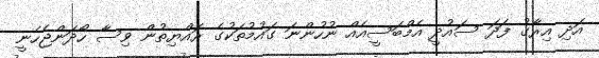
އަދި އިރާގު ފަދަ ސައުދީ އެމްބަސީއެއް ނުހުންނަ ގައުމުތަކުގެ ރައްޔިތުން ވިސާ ހޯދަންޖެހެނީ